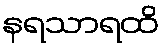
နရသာရထိ